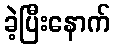
ခဲ့ပြီးနောက်